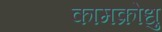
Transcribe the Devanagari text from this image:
कामक्रोधु